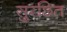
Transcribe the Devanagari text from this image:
सुरछित